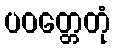
ပဝတ္တေတုံ